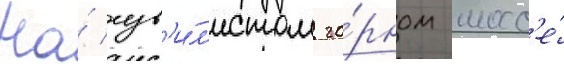
На́ изв'и́л'истом го́рном шосс'е́